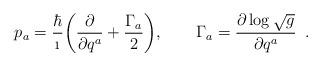
LaTeX: \begin{align*}p_a={\hbar\over\i}\bigg({\partial\over\partial q^a} +{\Gamma_a\over2}\bigg), \qquad \Gamma_a={\partial\log\sqrt{g}\over\partial q^a}\enspace.\end{align*}